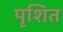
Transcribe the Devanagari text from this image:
पृशित